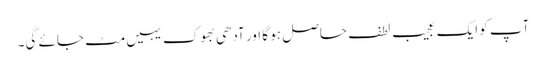
آپ کو ایک عجیب لطف حاصل ہو گا اور آدھی بھوک یہیں مٹ جائے گی۔